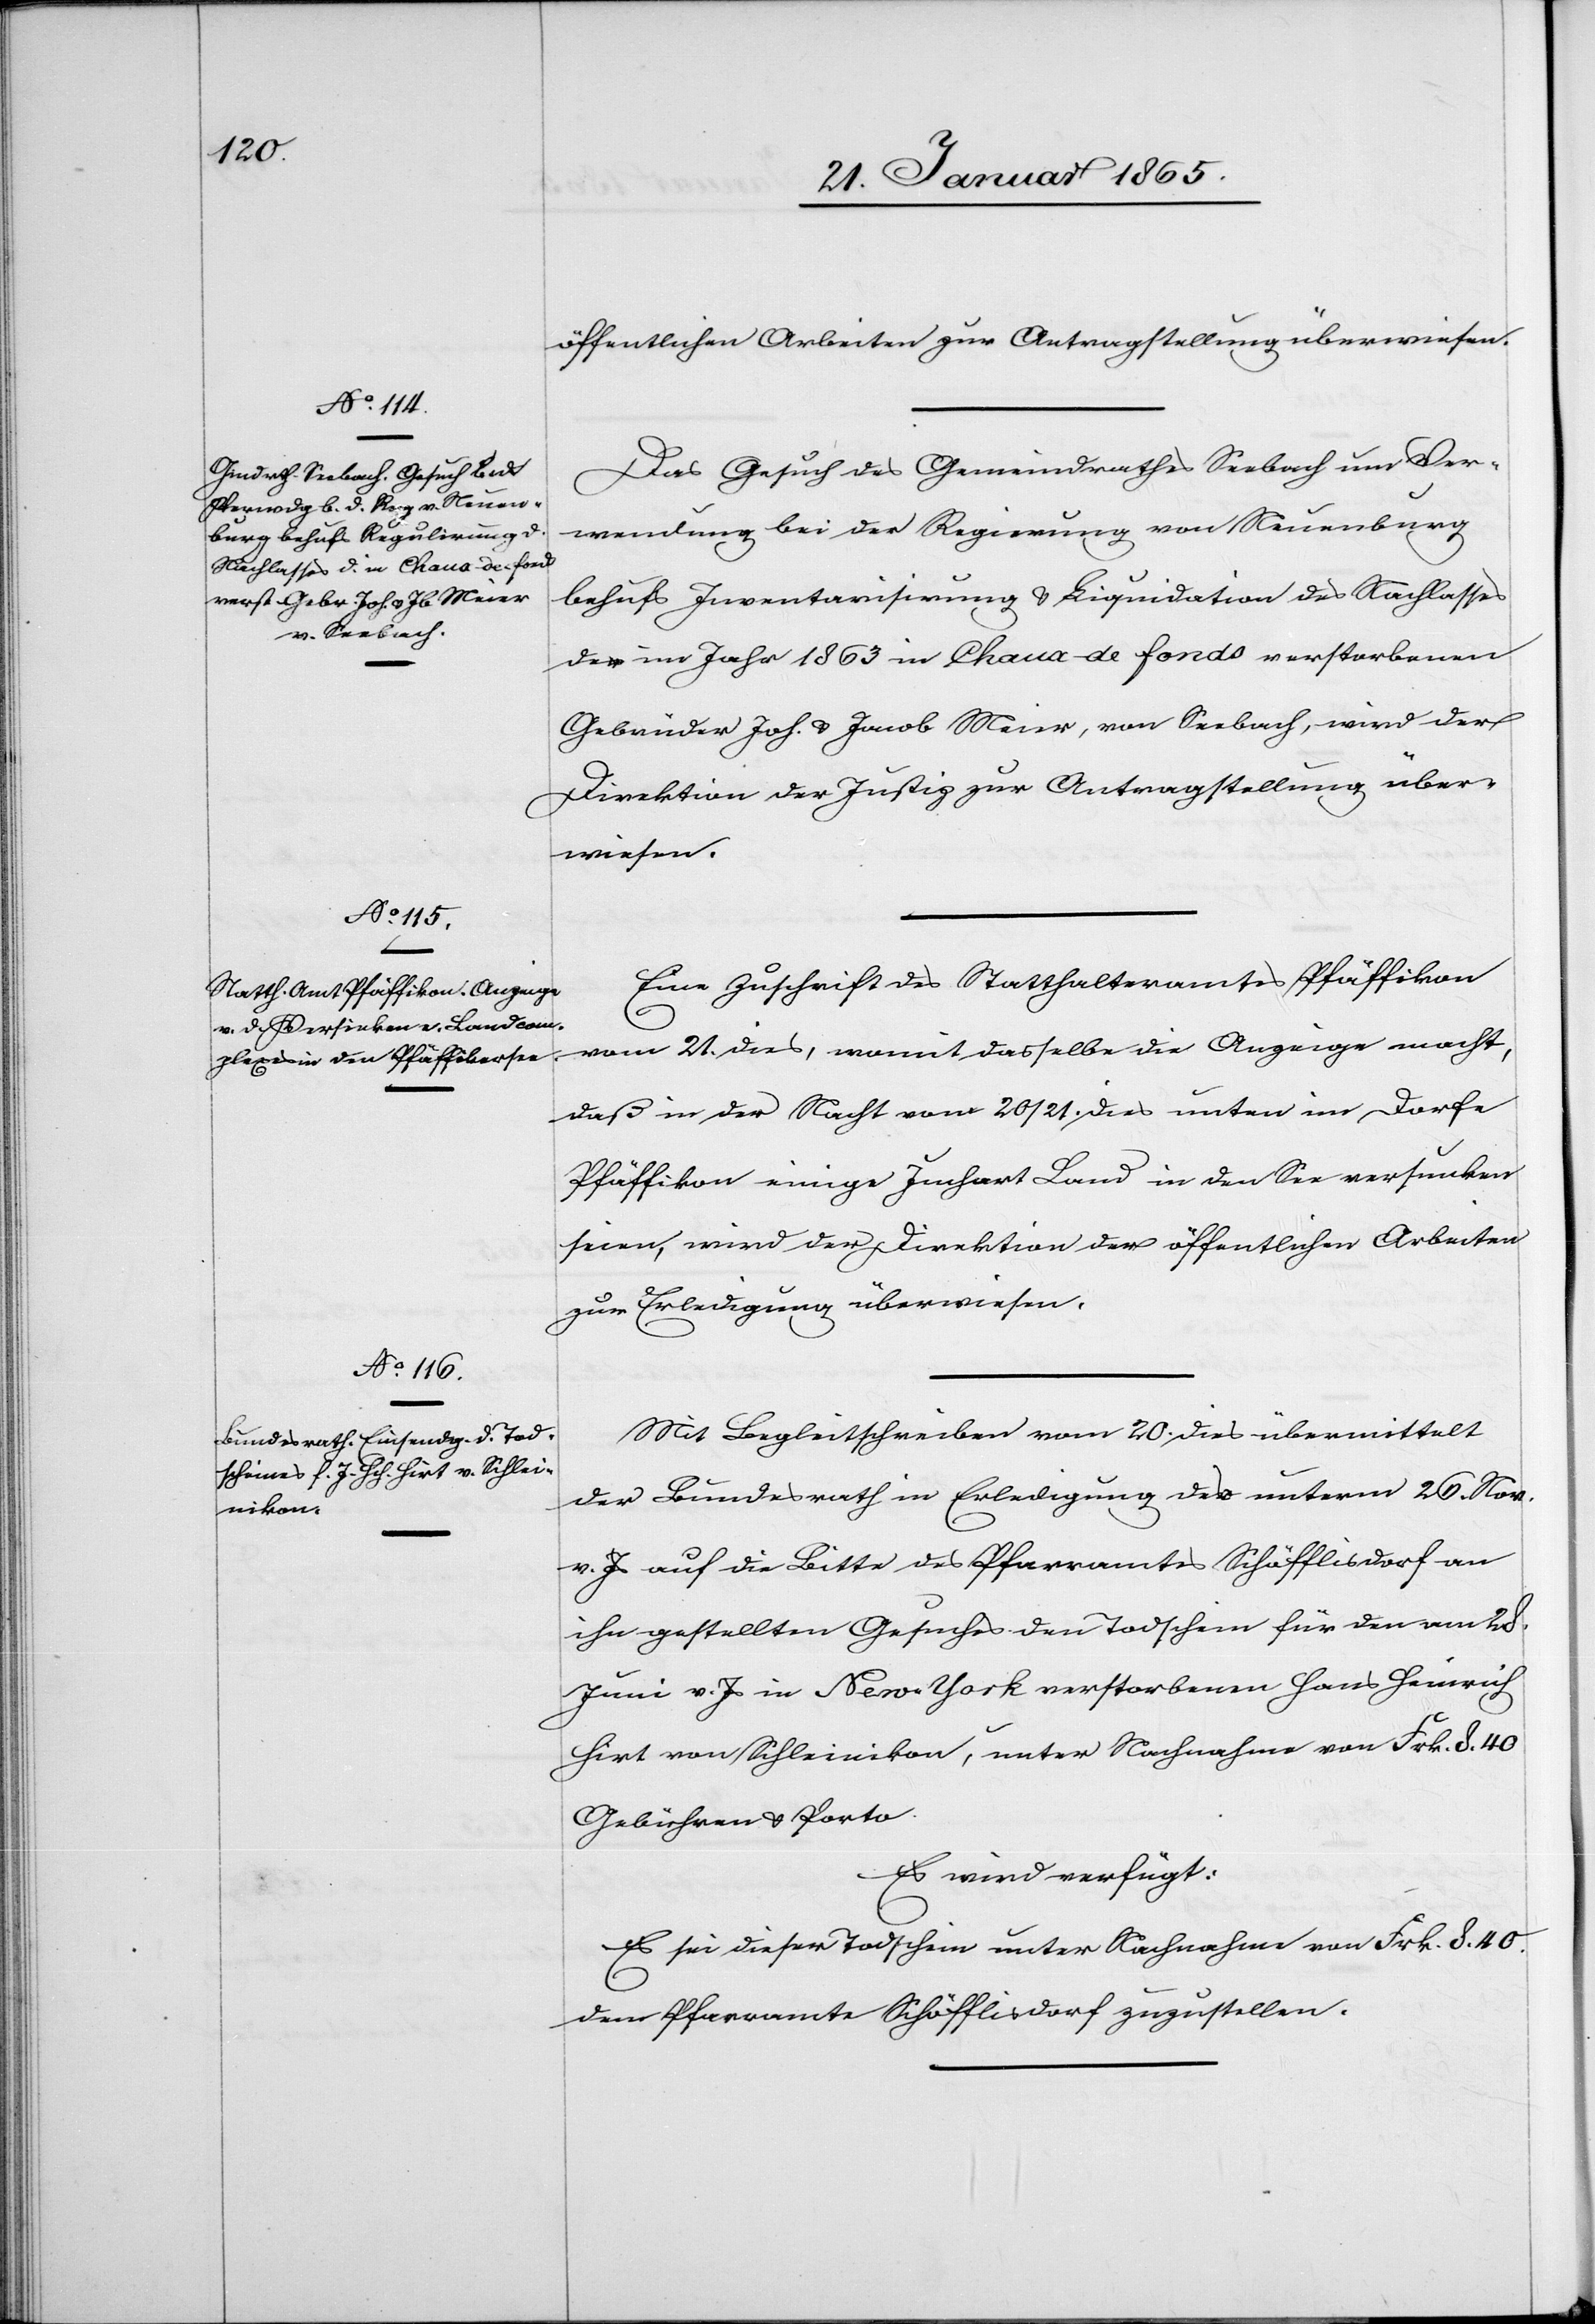
24. Januar 1865.]
öffentlichen Arbeiten zur Antragstellung überwiesen.
Das Gesuch des Gemeindrathes Seebach um Ver¬
wendung bei der Regierung von Neuenburg
behufs Inventarisirung u. Liquidation des Nachlasses
der im Jahr 1863 in Chaux de fonds verstorbenen
Gebrüder Joh. u. Jacob Meier, von Seebach, wird der
Direktion der Justiz zur Antragstellung über¬
wiesen.
Eine Zuschrift des Statthalteramtes Pfäffikon
vom 21. dies, womit dasselbe die Anzeige macht,
daß in der Nacht vom 20/21. dies unten im Dorfe
Pfäffikon einige Juchart Land in den See versunken
seien, wird der Direktion der öffentlichen Arbeiten
zur Erledigung überwiesen.
Mit Begleitschreiben vom 20. dies übermittelt
der Bundesrath in Erledigung des unterm 26. Nov.
v. Js auf die Bitte des Pfarramtes Schöfflisdorf an
ihn gestellten Gesuches den Todschein für den am 28.
Juni v. Js in New-York verstorbenen Hans Heinrich
Hirt von Schleinikon, unter Nachnahme von Frk. 8. 40
Gebühren u. Porto.
Es wird verfügt:
Es sei dieser Todschein unter Nachnahme von Frk. 8. 40.
dem Pfarramte Schöfflisdorf zuzustellen.